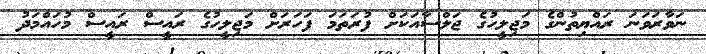
ނަވާރަވަނަ ރައްޔިތުންގެ މަޖިލީހުގެ ޖަލްސާއަކަށް ފުރަތަމަ ފަހަރަށް މަޖިލީހުގެ ރައީސް ރައީސް މުހައްމަދު